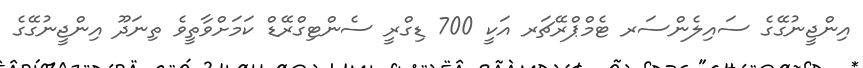
އިންޖީނުގޭގެ ސައިލެންސަރ ޓެމްޕްރޭޗަރ އަކީ 700 ޑިގްރީ ސެންޓިގްރޭޑް ކަމަށްވާތީވެ ތިނަދޫ އިންޖީނުގޭގެ